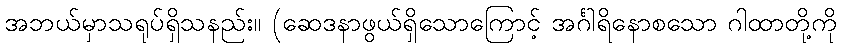
အဘယ်မှာသရုပ်ရှိသနည်း။ (ဆေဒနာဖွယ်ရှိသောကြောင့် အင်္ဂါရိနောစသော ဂါထာတို့ကို